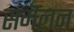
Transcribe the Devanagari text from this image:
संमॆलन